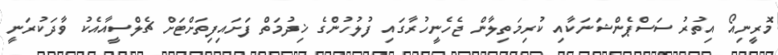
މޮރީނިއޯ އިތުރު ސަސްޕެންޝަނަކާއި ކުރިމަތިލާން ޖެހެނީހުރާގައި ފުލުހުންގެ ޚިދުމަތް ފަށައިފިތަށްޓަށް ޗެލްސީއާއެކު ވާދަކުރަނީ